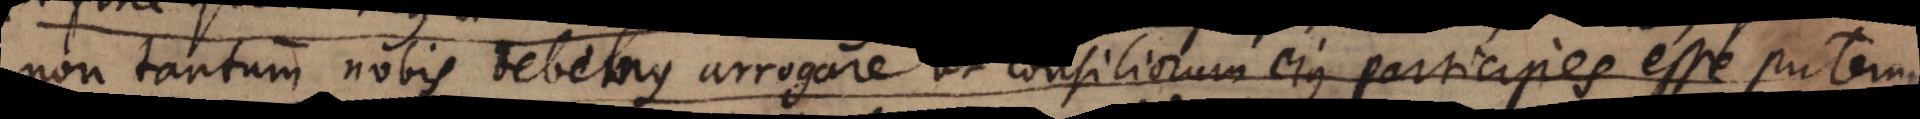
non tantum nobis debemus arrogare ut consiliorum ejus participes esse putemus.